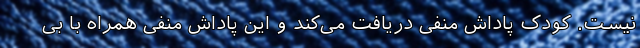
نیست. کودک پاداش منفی دریافت می‌کند و این پاداش منفی همراه با بی